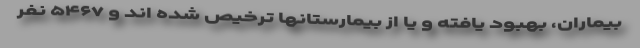
بیماران، بهبود یافته و یا از بیمارستانها ترخیص شده اند و ۵۴۶۷ نفر